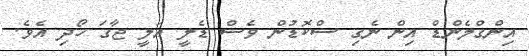
އިންގްލެންޑް އިން ނެގި ސްކޮޑުން ވެސް ޑެލީ އަލީ ޖާގަ ހޯދި އެވެ.